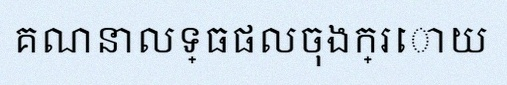
គណនាលទ្ធផលចុងក្រោយ